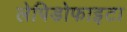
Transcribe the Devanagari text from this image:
लेपिडोफाइटा